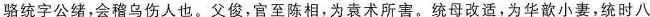
骆统字公绪，会稽乌伤人也。父俊，官至陈相，为袁术所害。统母改适，为华歆小妻，统时八